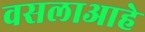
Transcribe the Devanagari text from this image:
वसलाआहे